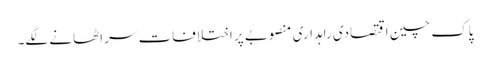
پاک چین اقتصادی راہداری منصوبے پر اختلافات سر اٹھانے لگے۔